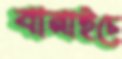
বানাইচে